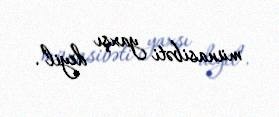
münasibəti yaxşı deyil".